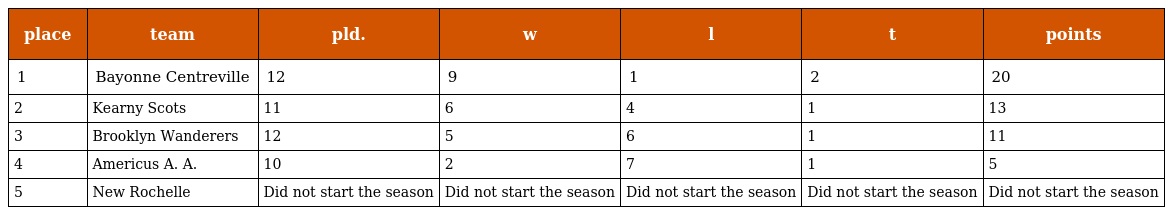
| place | team | pld. | w | l | t | points |
 | --- | --- | --- | --- | --- | --- | --- |
 | 1 | Bayonne Centreville | 12 | 9 | 1 | 2 | 20 |
 | 2 | Kearny Scots | 11 | 6 | 4 | 1 | 13 |
 | 3 | Brooklyn Wanderers | 12 | 5 | 6 | 1 | 11 |
 | 4 | Americus A. A. | 10 | 2 | 7 | 1 | 5 |
 | 5 | New Rochelle | Did not start the season | Did not start the season | Did not start the season | Did not start the season | Did not start the season |